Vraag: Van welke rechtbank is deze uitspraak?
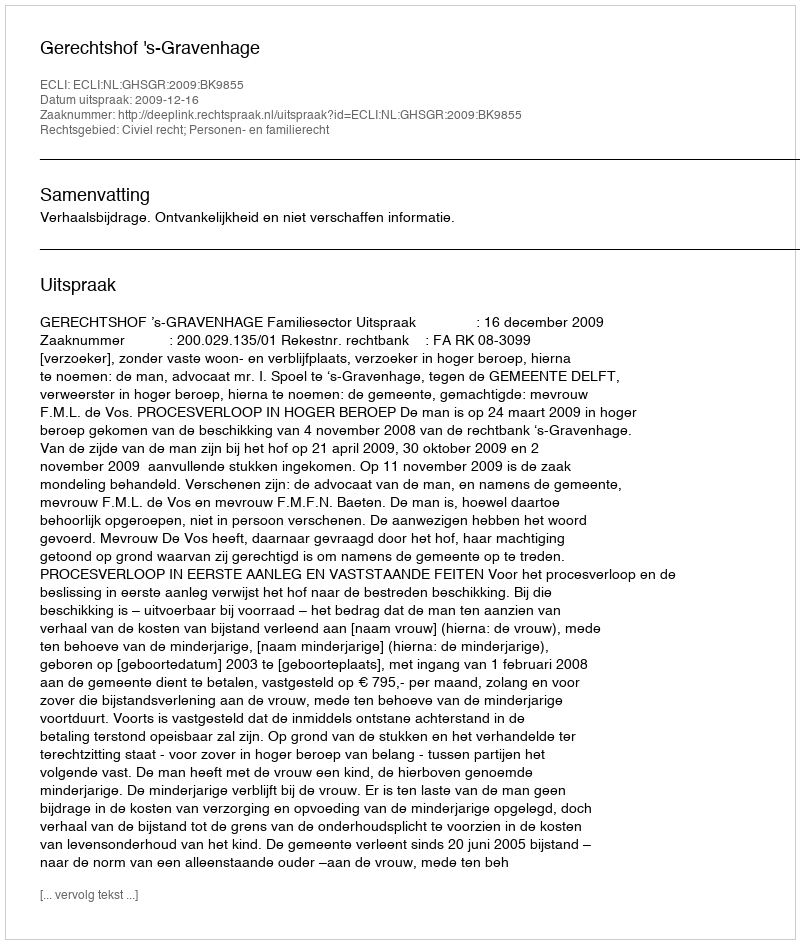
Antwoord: Gerechtshof 's-Gravenhage